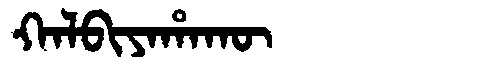
Manchu: ᡴᠠᠯᠪᡳᠶᠠᡥᠠᡴᡡ
Romanization: KALBIYAHAKŪ